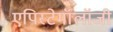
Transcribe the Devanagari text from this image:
एपिस्टेमॉलॉजी